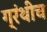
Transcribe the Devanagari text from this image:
ग्रंथीच